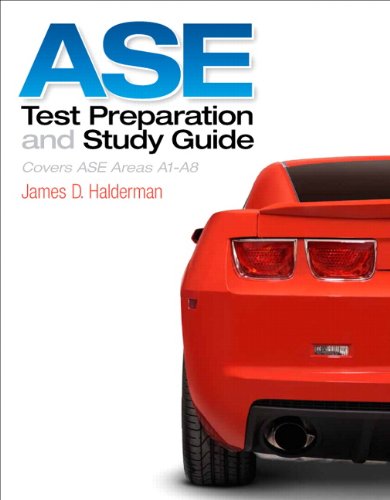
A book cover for ASE Test Prep and Study Guide (Automotive Comprehensive Books); James D. Halderman; Engineering & Transportation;